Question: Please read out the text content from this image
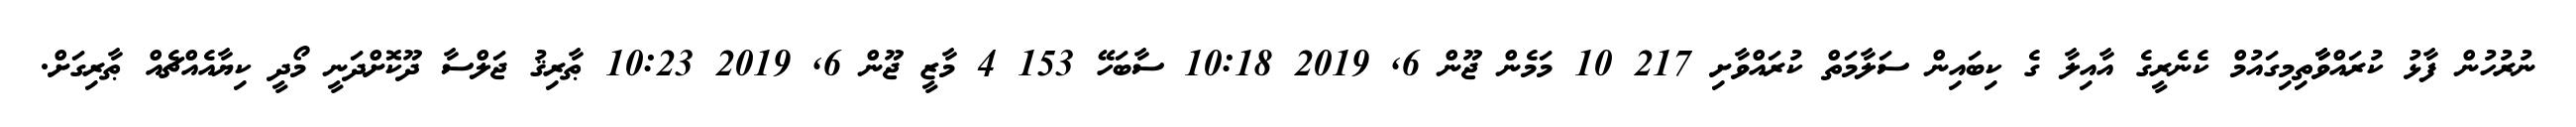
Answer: ނުރުހުން ފާޅު ކުރައްވާާތިމިގައުމް ކެނެރީގެ އާއިލާ ގެ ކިބައިން ސަލާމަތް ކުރައްވާށި 217 10 މަމެން ޖޫން 6, 2019 10:18 ސާބަހޭ 153 4 މާޒީ ޖޫން 6, 2019 10:23 ޠާރިޤު ޖަލްސާ ދޫކޮށްދަނީ މޯދީ ކިޔާއެއްޗެއް ޠާރިގަށް.